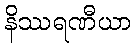
နိဿရဏီယာ